Scottish Certificate of Education, 1962
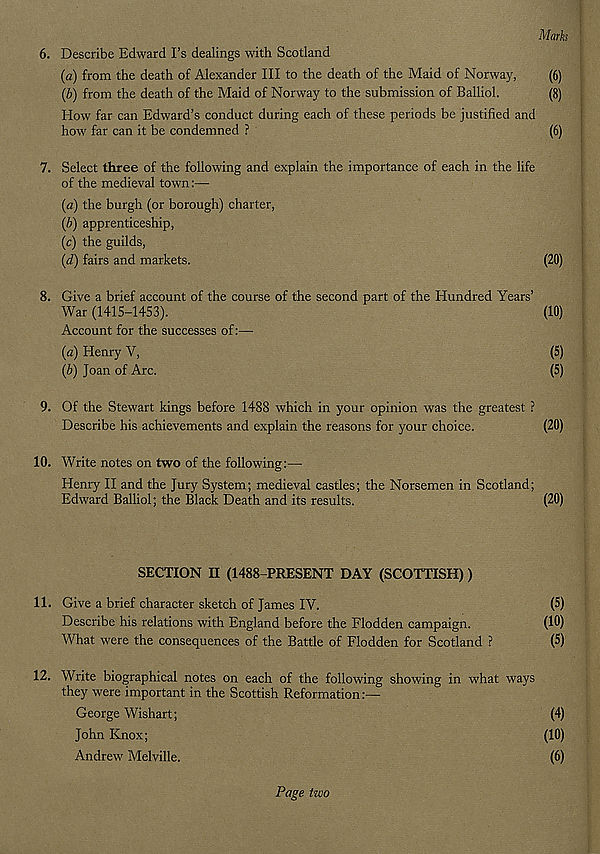
Marks
6. Describe Edward I’s dealings with Scotland
(a) from the death of Alexander III to the death of the Maid of Norway,
(6)
(b) from the death of the Maid of Norway to the submission of Balliol.
(8)
How far can Edward’s conduct during each of these periods be justified and
how far can it be condemned ?
(6)
7. Select three of the following and explain the importance of each in the life
of the medieval town:—
(a) the burgh (or borough) charter,
(b) apprenticeship,
(c) the guilds,
(d) fairs and markets.
(20)
8. Give a brief account of the course of the second part of the Hundred Years’
War (1415-1453).
(10)
Account for the successes of:—
(a) Henry Y,
(5)
(b) Joan of Arc.
(5)
9. Of the Stewart kings before 1488 which in your opinion was the greatest ?
Describe his achievements and explain the reasons for your choice.
(20)
10. Write notes on two of the following:—
Henry II and the Jury System; medieval castles; the Norsemen in Scotland;
Edward Balliol; the Black Death and its results.
(20)
SECTION H (1488-PRESENT DAY (SCOTTISH))
11. Give a brief character sketch of James IV.
(5)
Describe his relations with England before the Flodden campaign.
(10)
What were the consequences of the Battle of Flodden for Scotland ?
(5)
12. Write biographical notes on each of the following showing in what ways
they were important in the Scottish Reformation:—
George Wishart;
(4)
John Knox;
(10)
Andrew Melville.
(6)
Page two